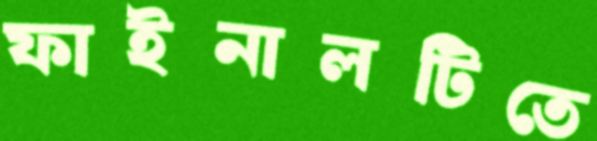
ফাইনালটিতে